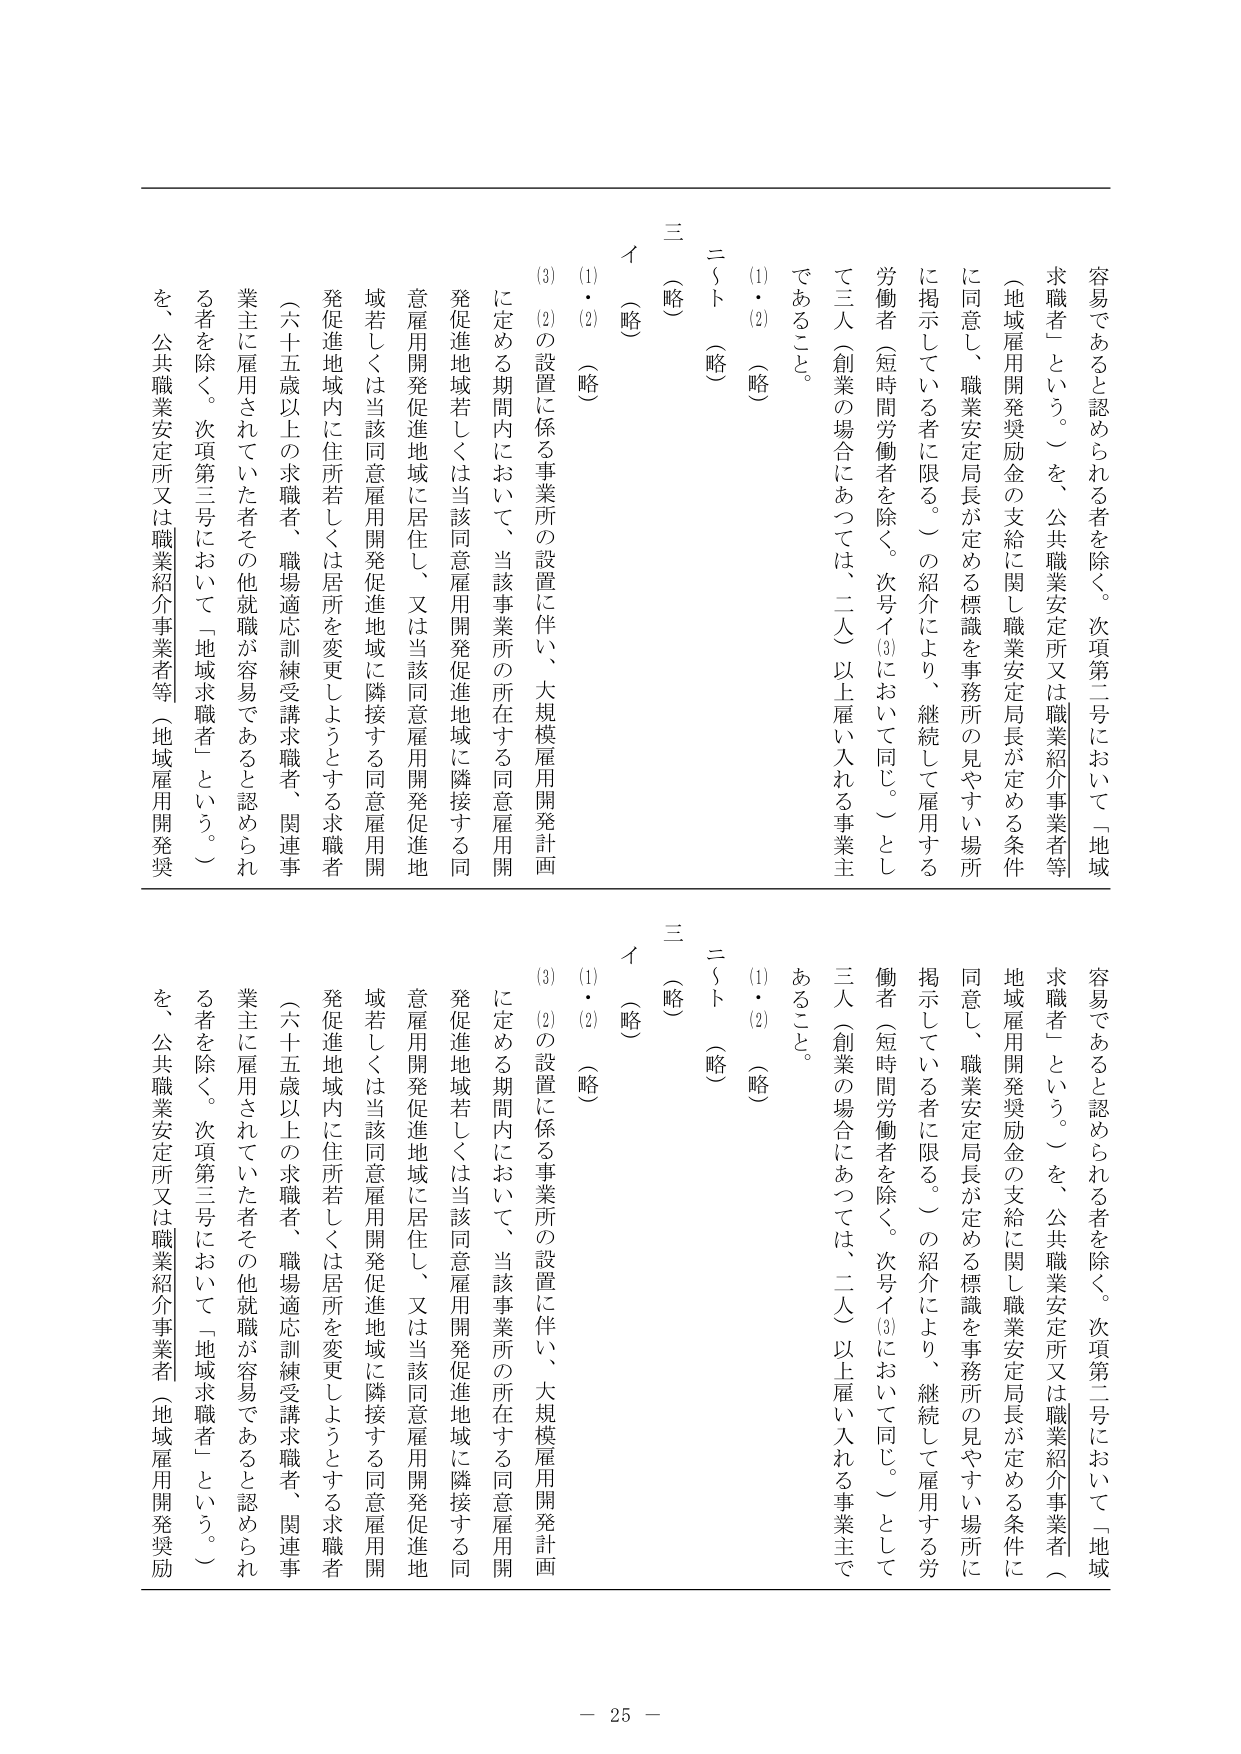
容易であると認められる者を除く。次項第二号において「地域求職者」という。）を、公共職業安定所又は職業紹介事業者等（地域雇用開発奨励金の支給に関し職業安定局長が定める条件に同意し、職業安定局長が定める標識を事務所の見やすい場所に掲示している者に限る。）の紹介により、継続して雇用する労働者（短時間労働者を除く。次号イ(3)において同じ。）として三人（創業の場合にあつては、二人）以上雇い入れる事業主であること。

(1・2)（略）

二 ～ ト（略）

三（略）

イ（略）

(1)・(2)（略）

(3) (2)の設置に係る事業所の設置に伴い、大規模雇用開発計画に定める期間内において、当該事業所の所在する同意雇用開発促進地域若しくは当該同意雇用開発促進地域に隣接する同意雇用開発促進地域若しくは当該同意雇用開発促進地域に隣接する同意雇用開発促進地域内に住所若しくは居所を変更しようとする求職者（六十五歳以上の求職者、職場適応訓練受講求職者、関連事業主に雇用されていた者その他就職が容易であると認められる者を除く。次項第三号において「地域求職者」という。）を、公共職業安定所又は職業紹介事業者等（地域雇用開発奨励

容易であると認められる者を除く。次項第二号において「地域求職者」という。）を、公共職業安定所又は職業紹介事業者（地域雇用開発奨励金の支給に関し職業安定局長が定める条件に同意し、職業安定局長が定める標識を事務所の見やすい場所に掲示している者に限る。）の紹介により、継続して雇用する労働者（短時間労働者を除く。次号イ(3)において同じ。）として三人（創業の場合にあつては、二人）以上雇い入れる事業主であること。

(1・2)（略）

二 ～ ト（略）

三（略）

イ（略）

(1)・(2)（略）

(3) (2)の設置に係る事業所の設置に伴い、大規模雇用開発計画に定める期間内において、当該事業所の所在する同意雇用開発促進地域若しくは当該同意雇用開発促進地域に隣接する同意雇用開発促進地域若しくは当該同意雇用開発促進地域に隣接する同意雇用開発促進地域内に住所若しくは居所を変更しようとする求職者（六十五歳以上の求職者、職場適応訓練受講求職者、関連事業主に雇用されていた者その他就職が容易であると認められる者を除く。次項第三号において「地域求職者」という。）を、公共職業安定所又は職業紹介事業者（地域雇用開発奨励

－ 25 －